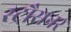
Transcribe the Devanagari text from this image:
स्ट्रौसनर